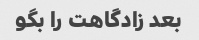
بعد زادگاهت را بگو